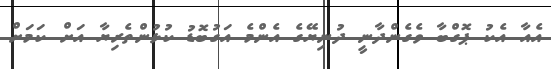
އެއާ އެކު ޕޮގްބާ ވެގެންދާނީ ދުނިޔޭގެ އެންމެ އަގުބޮޑު ކުޅުންތެރިޔާ އަށް ކަމަށް